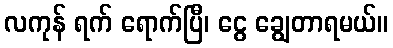
လကုန် ရက် ရောက်ပြီ၊ ငွေ ချွေတာရမယ်။